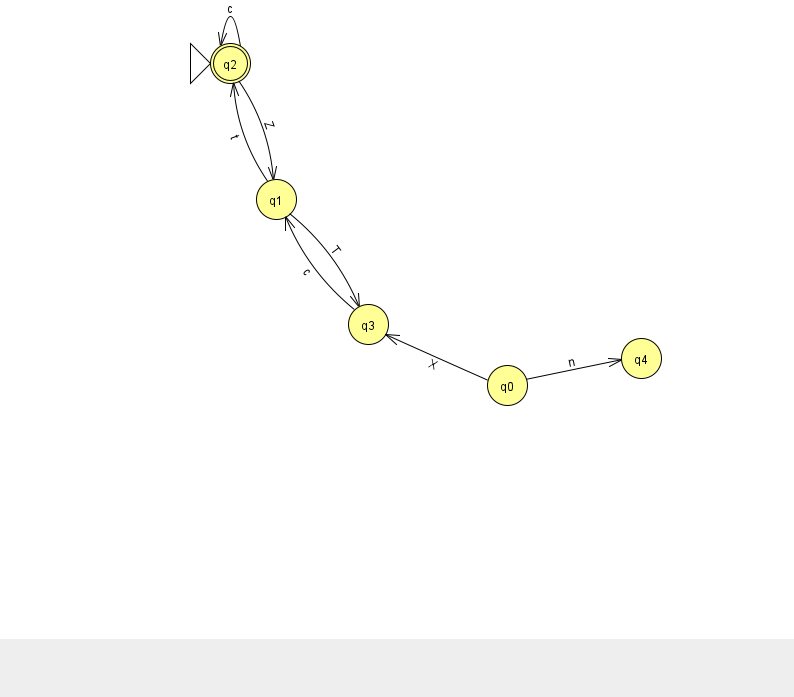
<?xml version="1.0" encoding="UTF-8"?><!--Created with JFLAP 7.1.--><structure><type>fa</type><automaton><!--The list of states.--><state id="0" name="q0"><x>507.0</x><y>372.0</y></state><state id="1" name="q1"><x>276.0</x><y>186.0</y></state><state id="2" name="q2"><x>230.0</x><y>50.0</y><initial/><final/></state><state id="3" name="q3"><x>368.0</x><y>311.0</y></state><state id="4" name="q4"><x>641.0</x><y>345.0</y></state><!--The list of transitions.--><transition><from>0</from><to>4</to><read>n</read></transition><transition><from>2</from><to>2</to><read>c</read></transition><transition><from>2</from><to>1</to><read>Z</read></transition><transition><from>0</from><to>3</to><read>X</read></transition><transition><from>1</from><to>2</to><read>t</read></transition><transition><from>3</from><to>1</to><read>c</read></transition><transition><from>1</from><to>3</to><read>T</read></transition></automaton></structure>